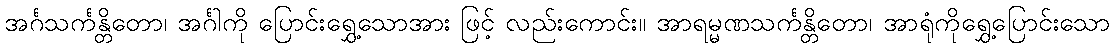
အင်္ဂသင်္ကန္တိတော၊ အင်္ဂါကို ပြောင်းရွှေ့သောအား ဖြင့် လည်းကောင်း။ အာရမ္မဏသင်္ကန္တိတော၊ အာရုံကိုရွှေ့ပြောင်းသော